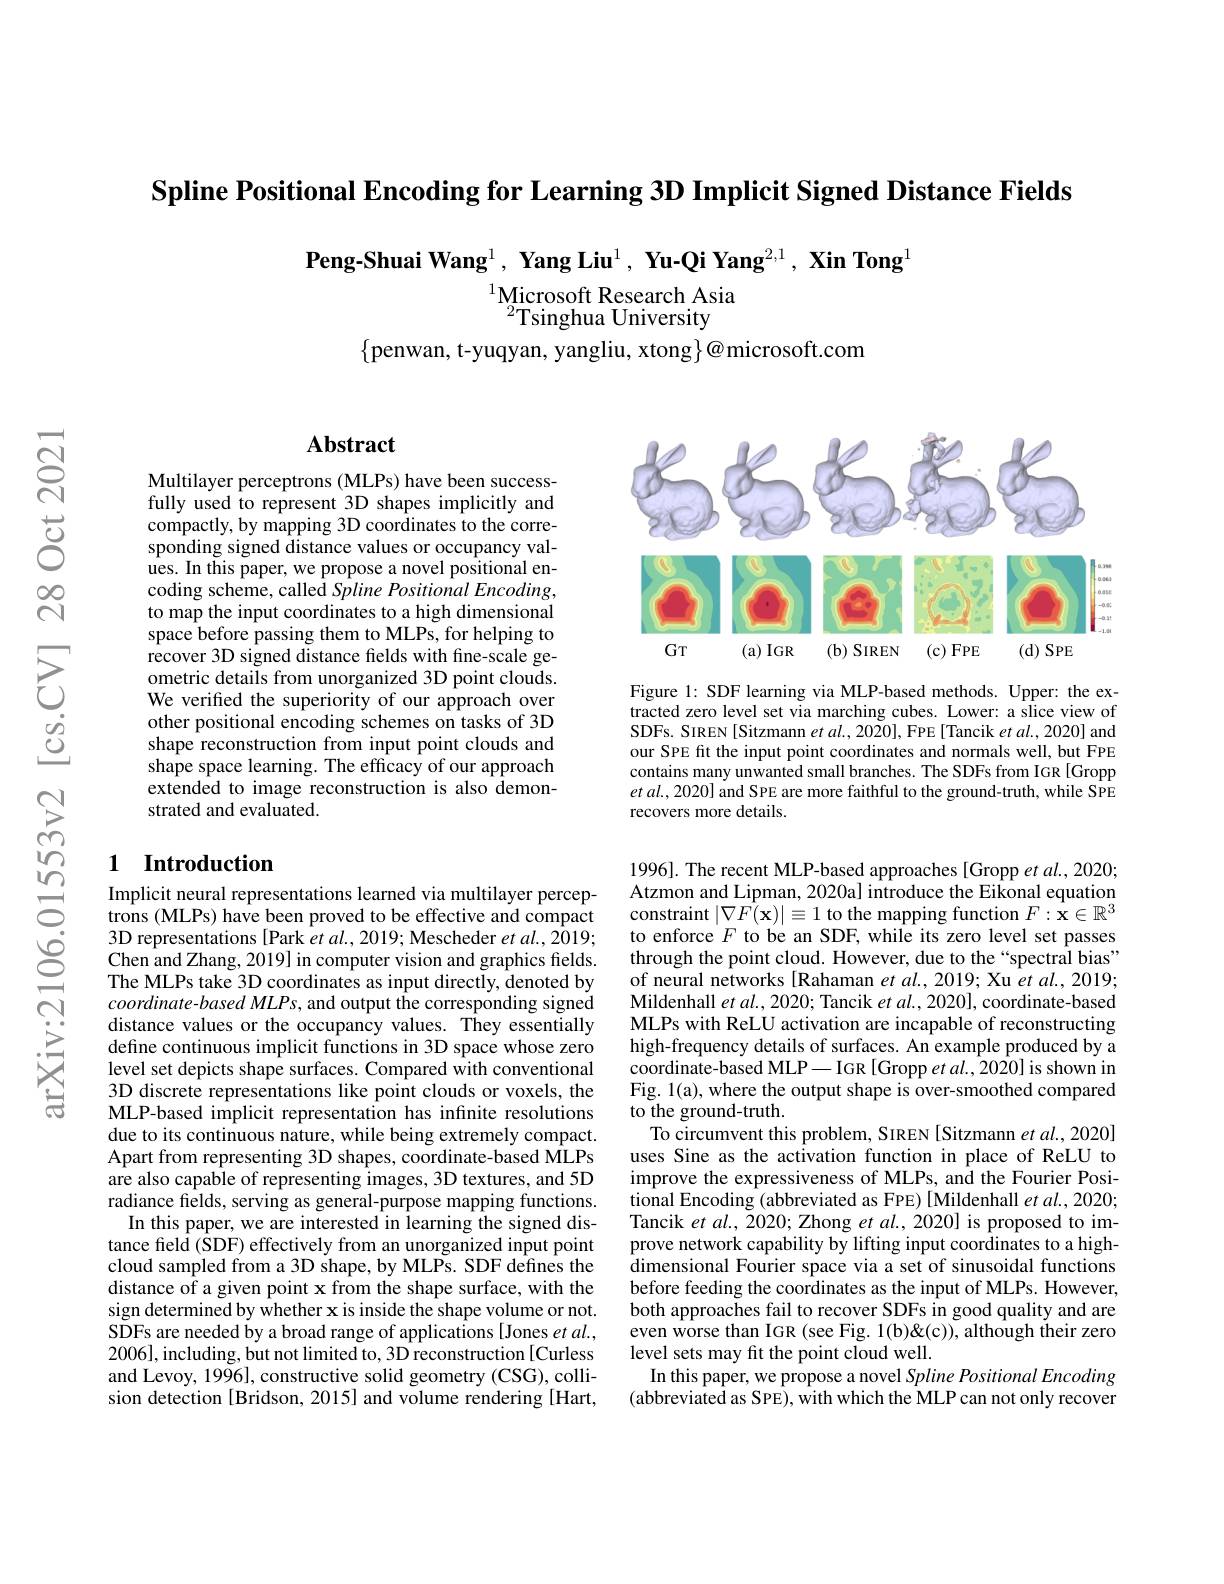
Spline Positional Encoding for Learning 3D Implicit Signed Distance Fields

Peng-Shuai Wang$^1,\textbf{Yang Liu}^1,\textbf{ Yu-Qi Yang}^{2,1},\textbf{ Xin Tong}^1$

$^{1}$Microsoft Research Asia
$^{2}$Tsinghua University

$\{$penwan, t-yuqyan, yangliu, xtong$\}@$microsoft.com

## $\mathbf{Abstract}$

Multilayer perceptrons (MLPs) have been successfully used to represent 3D shapes implicitly and compactly, by mapping 3D coordinates to the corresponding signed distance values or occupancy values. In this paper, we propose a novel positional en- coding scheme, called Spline Positional Encoding, to map the input coordinates to a high dimensional space before passing them to MLPs, for helping to recover 3D signed distance fields with fine-scale geometric details from unorganized 3D point clouds. We verifed the superiority of our approach over other positional encoding schemes on tasks of 3D shape reconstruction from input point clouds and shape space learning. The efficacy of our approach extended to image reconstruction is also demonstrated and evaluated.

### 1 Introduction

Implicit neural representations learned via multilayer perceptrons (MLPs) have been proved to be effective and compact 3D representations [Park $etal.,2019;$ Mescheder $etal.,2019;$ Chen and Zhang, 2019] in computer vision and graphics fields. The MLPs take 3D coordinates as input directly, denoted by coordinate-based MLPs, and output the corresponding signed distance values or the occupancy values. They essentially define continuous implicit functions in 3D space whose zero level set depicts shape surfaces. Compared with conventional 3D discrete representations like point clouds or voxels, the MLP-based implicit representation has infinite resolutions due to its continuous nature, while being extremely compact. Apart from representing 3D shapes, coordinate-based MLPs are also capable of representing images, 3D textures, and 5D radiance felds, serving as general-purpose mapping functions.
In this paper, we are interested in learning the signed distance field (SDF) effectively from an unorganized input point cloud sampled from a 3D shape, by MLPs. SDF defines the distance of a given point x from the shape surface, with the sign determined by whether x is inside the shape volume or not. SDFs are needed by a broad range of applications [Jones et al., 2006],including, but not limited to, 3D reconstruction[Curless and Levoy, 1996], constructive solid geometry (CSG), collision detection [Bridson, 2015] and volume rendering [Hart,

<FigureHere>

Figure 1: SDF learning via MLP-based methods. Upper: the extracted zero level set via marching cubes. Lower: a slice view of SDFs. SIREN[ Sitzmann et al., 2020], FPE [ Tancik et al., 2020] and our SPE fit the input point coordinates and normals well, but FPE contains many unwanted small branches. The SDFs from IGR[Gropp $etal.,2020]$ and SPE are more faithful to the ground-truth, while SPE recovers more details.

1996]. The recent MLP-based approaches [Gropp et al., 2020; Atzmon and Lipman, 2020a] introduce the Eikonal equation $\operatorname*{constraint}\left|\nabla\bar{F(\mathbf{x})}\right|\equiv1$ to the mapping function $F:\tilde{\mathbf{x}}\in\mathbb{R}^3$ to enforce $F$ to be an SDF, while its zero level set passes through the point cloud. However, due to the“spectral bias” of neural networks [Rahaman et al., 2019; Xu et al., 2019; Mildenhall $etal.,2020;$ Tancik $etal.,2020]$, coordinate-based MLPs with ReLU activation are incapable of reconstructing high-frequency details of surfaces. An example produced by a coordinate-based MLP—IGR [Gropp et al.,2020] is shown in Fig. 1(a), where the output shape is over-smoothed compared to the ground-truth.
To circumvent this problem, SIREN [Sitzmann et al., 2020] uses Sine as the activation function in place of ReLU to improve the expressiveness of MLPs, and the Fourier Positional Encoding (abbreviated as FPE) [Mildenhall et al., 2020; Tancik $etal. $, ZO20; Zhong et al. , 2020] is proposed to im- prove network capability by lifting input coordinates to a highdimensional Fourier space via a set of sinusoidal functions before feeding the coordinates as the input of MLPs. However, both approaches fail to recover SDFs in good quality and are even worse than IGR (see Fig. 1(b)&although their zero level sets may fit the point cloud well.
In this paper, we propose a novel Spline Positional Encoding (abbreviated as SPE), with which the MLP can not only recover